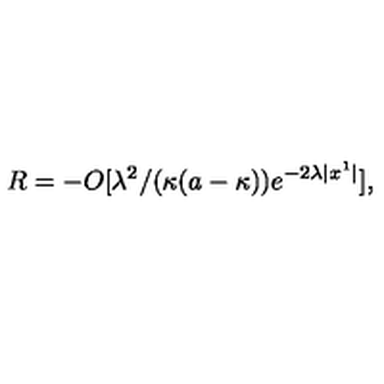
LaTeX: \: R = - O [ \lambda ^ { 2 } / ( \kappa ( a - \kappa ) ) e ^ { - 2 \lambda | x ^ { 1 } | } ] , \: